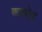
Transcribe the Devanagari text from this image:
कायोट